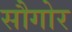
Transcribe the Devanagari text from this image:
सौगोर